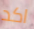
اكد